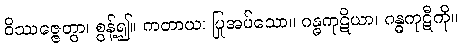
ဝိဿဇ္ဇေတွာ၊ စွန့်၍။ ကတာယ၊ ပြုအပ်သော။ ဂန္ဓကုဋိယာ၊ ဂန္ဓကုဋီကို။